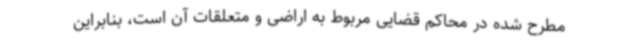
مطرح شده در محاکم قضایی مربوط به اراضی و متعلقات آن است، بنابراین